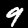
Label: 9